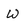
Character: w